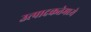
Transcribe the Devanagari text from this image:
उत्पादकतेमध्ये